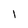
Character: 1